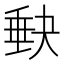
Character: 𡙇